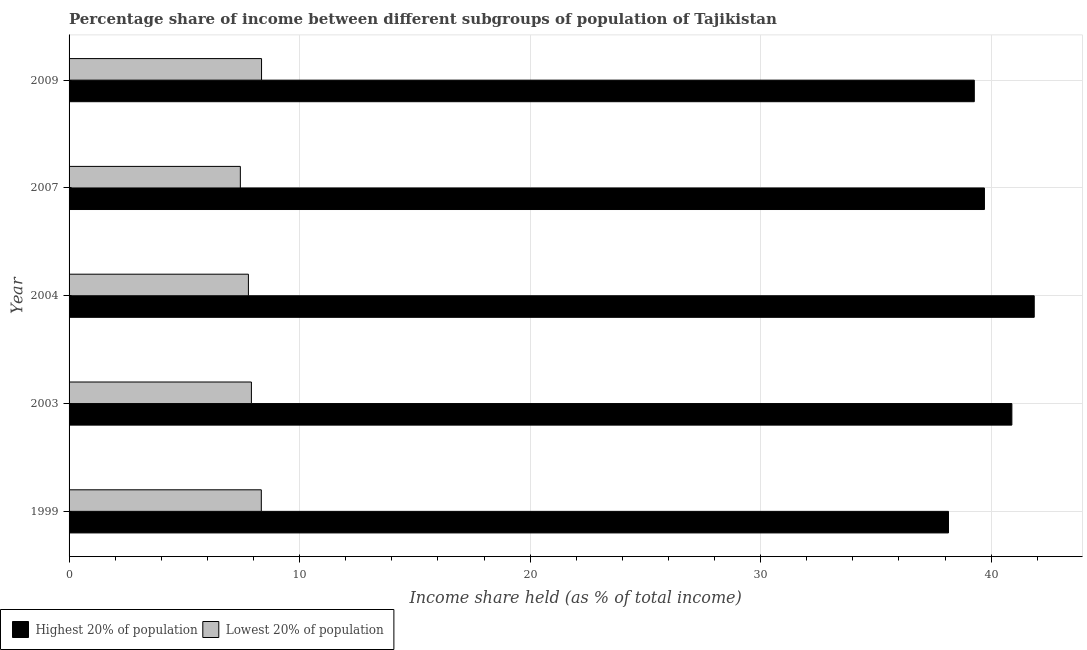
| Year | Highest 20% of population | Lowest 20% of population |
 | --- | --- | --- |
 | 1999 | 38.1 | 8.34 |
 | 2003 | 40.9 | 7.91 |
 | 2004 | 41.9 | 7.78 |
 | 2007 | 39.7 | 7.43 |
 | 2009 | 39.3 | 8.35 |